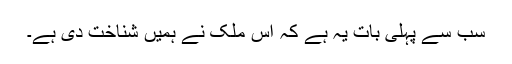
سب سے پہلی بات یہ ہے کہ اس ملک نے ہمیں شناخت دی ہے۔